Annual report on the working of the lock hospitals in the North-Western Provinces and Oudh
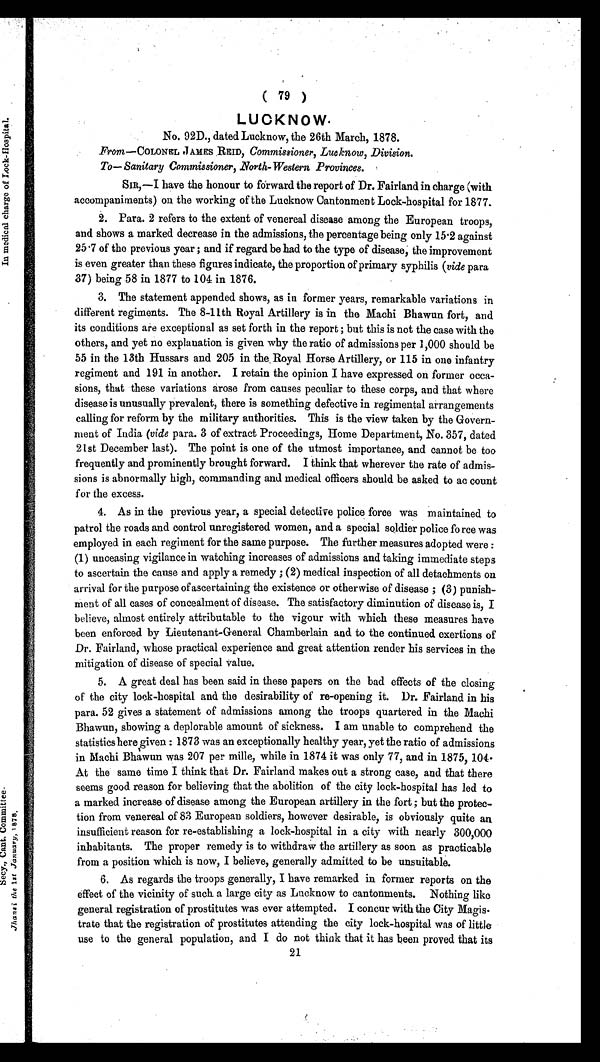
( 79 )
LUCKNOW.
No. 92D., dated Lucknow, the 26th March, 1878.
From— COLONEL JAMES REID, Commissioner, Lucknow, Division.
To— Sanitary Commissioner, .North-Western Provinces.
SIR,— I have the honour to forward the report of Dr. Fairland in charge (with
accompaniments) on the working of the Lucknow Cantonment Lock-hospital for 1877.
2. Para. 2 refers to the extent of venereal disease among the European troops,
and shows a marked decrease in the admissions, the percentage being only 15.2 against
25.7 of the previous year ; and if regard be had to the type of disease, the improvement
is even greater than these figures indicate, the proportion of primary syphilis (vide para
37) being 58 in 1877 to 104 in 1876.
3. The statement appended shows, as in former years, remarkable variations in
different regiments. The 8-11th Royal Artillery is in the Machi Bhawun fort, and
its conditions are exceptional as set forth in the report; but this is not the case with the
others, and yet no explanation is given why the ratio of admissions per 1,000 should be
55 in the 13th Hussars and 205 in the , Royal Horse Artillery, or 115 in one infantry
regiment and 191 in another. I retain the opinion I have expressed on former occa-
sions, that these variations arose from causes peculiar to these corps, and that where
disease is unusually prevalent, there is something defective in regimental arrangements
calling for reform by the military authorities. This is the view taken by the Govern-
ment of India (vide para. 3 of extract Proceedings, Home Department, No. 357, dated
21st December last). The point is one of the utmost importance, and cannot be too
frequently and prominently brought forward. I think that wherever the rate of admis-
sions is abnormally high, commanding and medical officers should be asked to account
for the excess.
4. As in the previous year, a special detective police force was maintained to
patrol the roads and control unregistered women, and a special soldier police fo rce was
employed in each regiment for the same purpose. The further measures adopted were :
(1) unceasing vigilance in watching increases of admissions and taking immediate steps
to ascertain the cause and apply a remedy ; (2) medical inspection of all detachments on
arrival for the purpose of ascertaining the existence or otherwise of disease ; (3) punish-
ment of all cases of concealment of disease. The satisfactory diminution of disease is, I
believe, almost entirely attributable to the vigour with which these measures have
been enforced by Lieutenant-General Chamberlain and to the continued exertions of
Dr. Fairland, whose practical experience and great attention render his services in the
mitigation of disease of special value.
5. A great deal has been said in these papers on the bad effects of the closing
of the city lock-hospital and the desirability of re-opening it. Dr. Fairland in his
para. 52 gives a statement of admissions among the troops quartered in the Machi
Bhawun, showing a deplorable amount of sickness. I am unable to comprehend the
statistics here given : 1873 was an exceptionally healthy year, yet the ratio of admissions
in Machi Bhawun was 207 per mille, while in 1874 it was only 77, and in 1875, 104.
At the same time I think that Dr. Fairland makes out a strong case, and that there
seems good reason for believing that the abolition of the city lock-hospital has led to
a marked increase of disease among the European artillery in the fort ; but the protec-
tion from venereal of 83 European soldiers, however desirable, is obviously quite an
insufficient reason for re-establishing a lock-hospital in a city with nearly 300,000
inhabitants. The proper remedy is to withdraw the artillery as soon as practicable
from a position which is now, I believe, generally admitted to be unsuitable.
6. As regards the troops generally, I have remarked in former reports on the
effect of the vicinity of such a large city as Lucknow to cantonments. Nothing like
general registration of prostitutes was ever attempted. I concur with the City Magis
- t r a t e t h a t t h e r e g i s t r a t i o n o f p r o s t i t u t e s a t t e n d i n g t h e c i t y l o c k - h o s p i t a l w a s o f l i t t l e
use to the general population, and I do not think that it has been proved that its
21